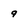
Character: 9